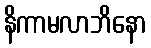
နိကာမလာဘိနော